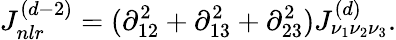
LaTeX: J_{nlr}^{(d-2)}=(\partial_{12}^{2}+\partial_{13}^{2}+\partial_{23}^{2})J_{\nu_{1}\nu_{2}\nu_{3}}^{(d)}.